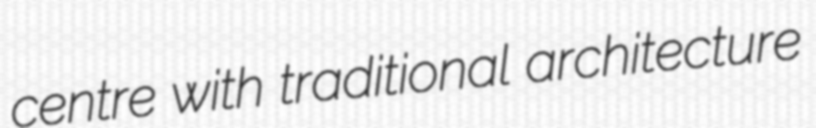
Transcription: centre with traditional architecture